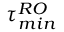
\tau _ { m i n } ^ { R O }